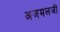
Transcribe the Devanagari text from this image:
अजमलजी